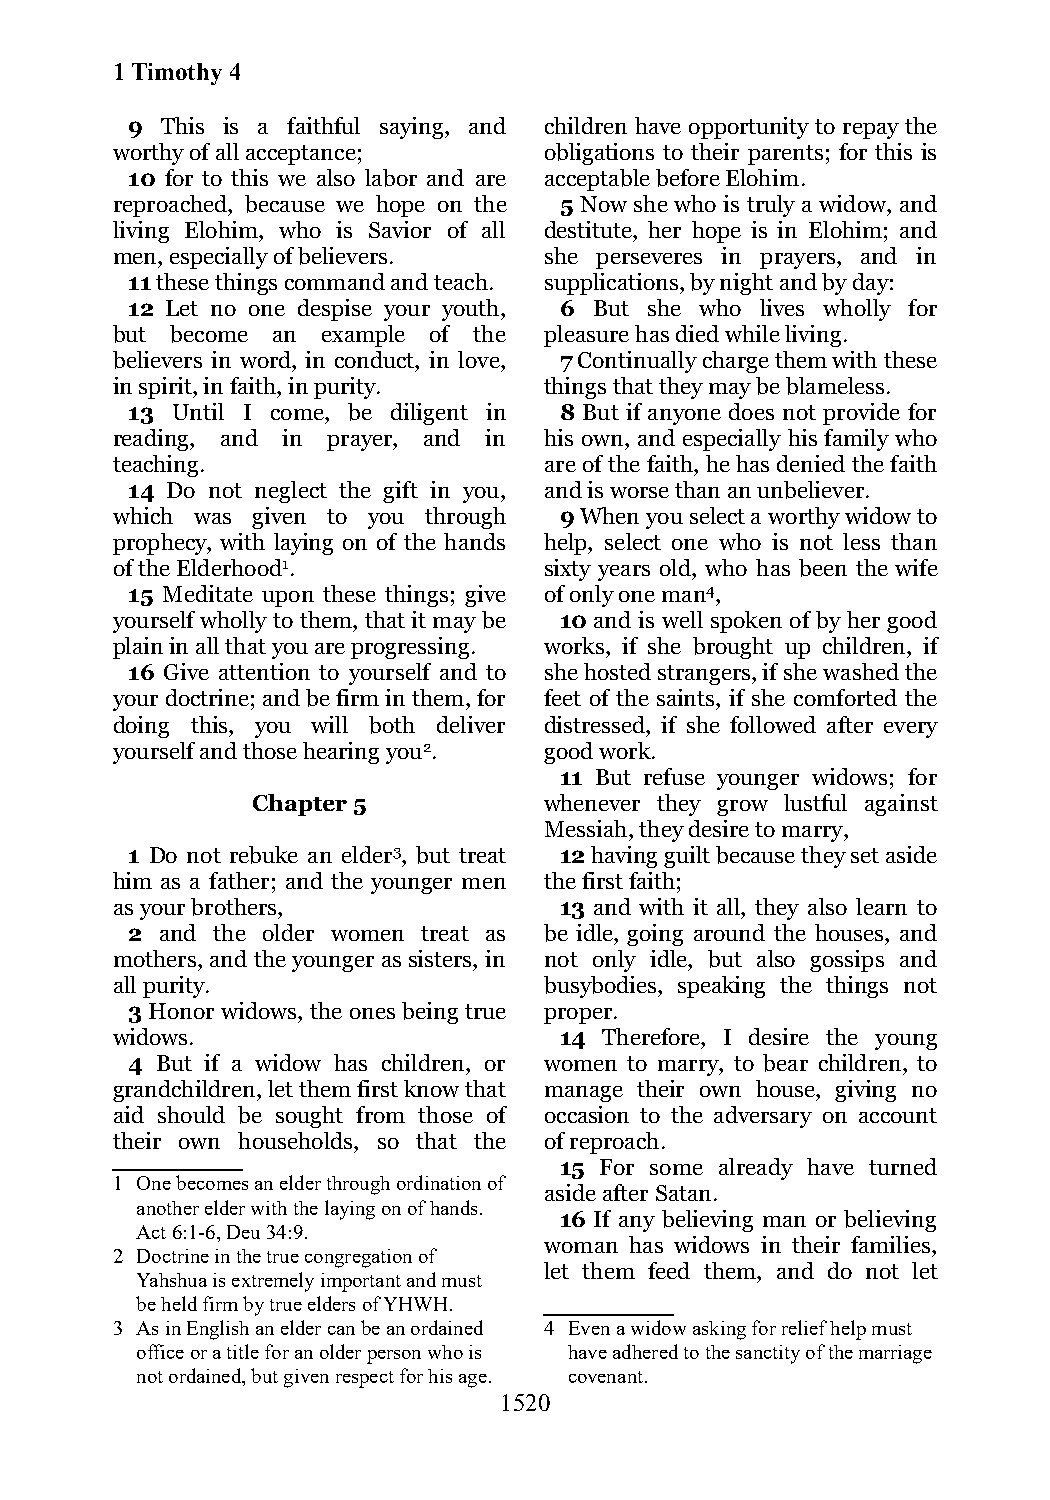
1 Timothy 4
 9  This is a faithful saying, and children have opportunity to repay the
 worthy of all acceptance;    obligations to their parents; for this is
 10 for to this we also labor and are acceptable before Elohim.
 reproached, because we hope on the 5 Now she who is truly a widow, and
 living Elohim, who is Savior of all destitute, her hope is in Elohim; and
 men, especially of believers. she perseveres in prayers, and in
 11 these things command and teach. supplications, by night and by day:
 12 Let no one despise your youth, 6 But she who lives wholly for
 but become an example of the pleasure has died while living.
 believers in word, in conduct, in love, 7 Continually charge them with these
 in spirit, in faith, in purity. things that they may be blameless.
 13 Until I come, be diligent in 8 But if anyone does not provide for
 reading, and in prayer, and in his own, and especially his family who
 teaching.                    are of the faith, he has denied the faith
 14 Do not neglect the gift in you, and is worse than an unbeliever.
 which was given to you through 9 When you select a worthy widow to
 prophecy, with laying on of the hands help, select one who is not less than
 of the Elderhood1.           sixty years old, who has been the wife
 15 Meditate upon these things; give of only one man4,
 yourself wholly to them, that it may be 10 and is well spoken of by her good
 plain in all that you are progressing. works, if she brought up children, if
 16 Give attention to yourself and to she hosted strangers, if she washed the
 your doctrine; and be firm in them, for feet of the saints, if she comforted the
 doing this, you will both deliver distressed, if she followed after every
 yourself and those hearing you2. good work.
 11 But refuse younger widows; for
 Chapter 5          whenever they grow lustful against
 Messiah, they desire to marry,
 1 Do not rebuke an elder3, but treat 12 having guilt because they set aside
 him as a father; and the younger men the first faith;
 as your brothers,             13 and with it all, they also learn to
 2  and the older women treat as be idle, going around the houses, and
 mothers, and the younger as sisters, in not only idle, but also gossips and
 all purity.                  busybodies, speaking the things not
 3 Honor widows, the ones being true proper.
 widows.                       14 Therefore, I desire the young
 4 But if a widow has children, or women to marry, to bear children, to
 grandchildren, let them first know that manage their own house, giving no
 aid should be sought from those of occasion to the adversary on account
 their own households, so that the of reproach.
 15 For some already have turned
 1 One becomes an elder through ordination of
 aside after Satan.
 another elder with the laying on of hands.
 16 If any believing man or believing
 Act 6:1-6, Deu 34:9.
 woman has widows in their families,
 2 Doctrine in the true congregation of
 let them feed them, and do not let
 Yahshua is extremely important and must
 be held firm by true elders of YHWH.
 3 As in English an elder can be an ordained 4 Even a widow asking for relief help must
 office or a title for an older person who is have adhered to the sanctity of the marriage
 not ordained, but given respect for his age. covenant.
 1520